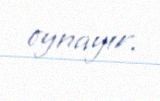
oynayır.